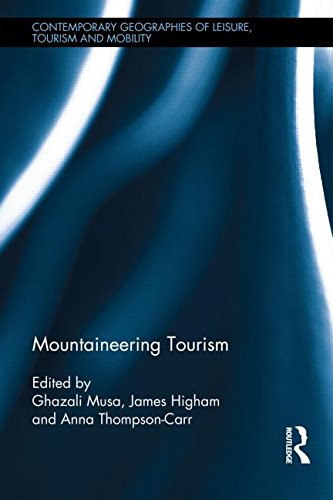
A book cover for Mountaineering Tourism (Contemporary Geographies of Leisure, Tourism and Mobility); Sports & Outdoors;